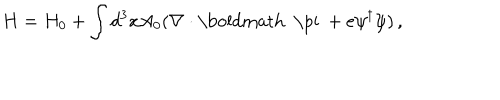
LaTeX: H = H _ { 0 } + \int d ^ { 3 } x A _ { 0 } ( \nabla \cdot \mathrm { \boldmath ~ \ p i ~ } + e \psi ^ { \dagger } \psi ) \, ,